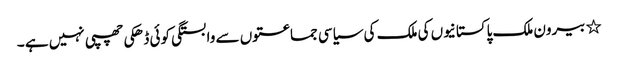
٭	بیرون ملک پاکستانیوں کی ملک کی سیاسی جماعتوں سے وابستگی کوئی ڈھکی چھپی نہیں ہے ۔